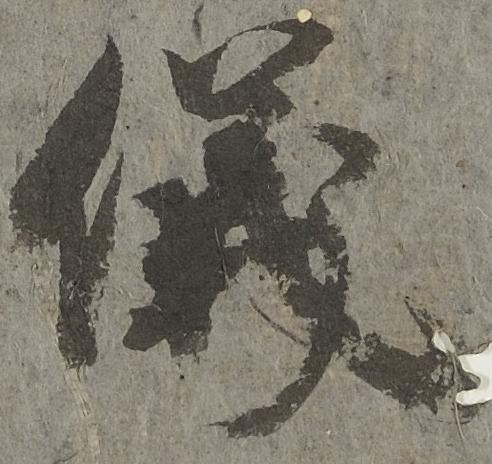
儀